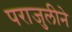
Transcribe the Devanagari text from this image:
पराजुलीने